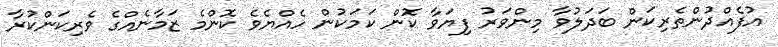
އުފެއްދުންތެރިކަން ބަދަލުވާ މިންވަރު ފިޔަވާ ކޮން ކަމަކުން ހެއްޔެވެ ކޮންމެ ޒަމާނެއްގެ ވެރިކަންކުރާ